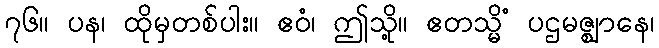
၇၆။ ပန၊ ထိုမှတစ်ပါး။ ဧဝံ၊ ဤသို့။ ဧတသ္မိံ ပဌမဇ္ဈာနေ၊